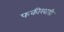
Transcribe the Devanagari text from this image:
फकीरवाडी